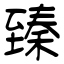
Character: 臻